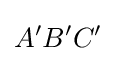
A^{\prime }B^{\prime }C^{\prime }